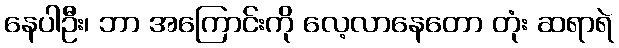
နေပါဦး၊ ဘာ အကြောင်းကို လေ့လာနေတော တုံး ဆရာရဲ